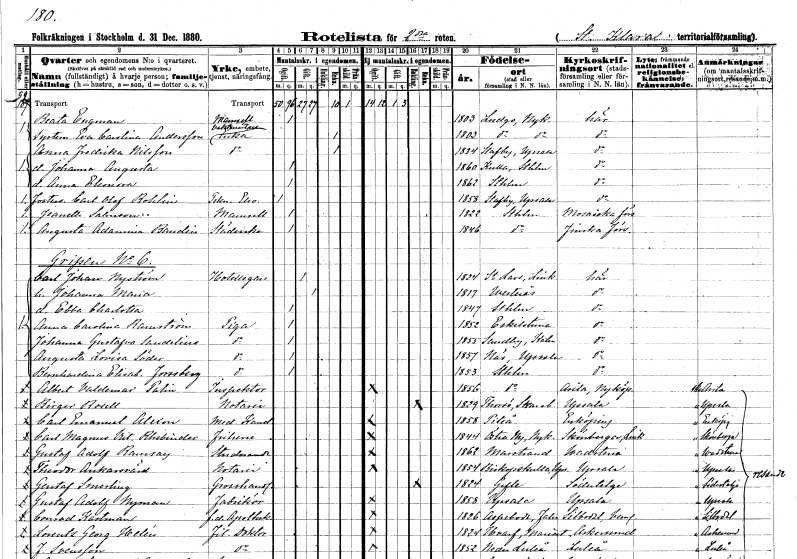
gt_parse: households: individuals: FN: Beata
EN: Engman
KON: K
CIV: O
FODAR: 1803
FODFORS: Ludgo Södermanlands län
FN: Eva Carolina
EN: Andersson
YRKE: Vaktmästareänka
KON: K
CIV: E
FODAR: 1803
FODFORS: Ludgo Södermanlands län
FN: Anna Fredrika
EN: Nilsson
YRKE: Änka
KON: K
CIV: E
FODAR: 1834
FODFORS: Stavby Uppsala län
FN: Johanna Augusta
KON: K
CIV: O
FODAR: 1860
FODFORS: Kulla Stockholms län
FN: Anna Eleonora
KON: K
CIV: O
FODAR: 1862
FODFORS: Stockholm
FN: Carl Olof
EN: Bohlin
YRKE: Teknologelev
KON: M
CIV: O
FODAR: 1858
FODFORS: Stavby Uppsala län
FN: Jeanette
EN: Salmson
KON: K
CIV: O
FODAR: 1822
FODFORS: Stockholm
FN: Augusta Adamina
EN: Bandin
YRKE: Städerska
KON: K
CIV: O
FODAR: 1846
FODFORS: Stockholm
FN: Carl Johan
EN: Nyström
YRKE: Hotellägare
KON: M
CIV: G
FODAR: 1824
FODFORS: Linköpings Sankt Lars Östergötlands län
FN: Johanna Maria
KON: K
CIV: G
FODAR: 1817
FODFORS: Västerås Västmanlands län
FN: Ebba Charlotta
KON: K
CIV: O
FODAR: 1847
FODFORS: Stockholm
FN: Anna Carolina
EN: Ramström
YRKE: Piga
KON: K
CIV: O
FODAR: 1852
FODFORS: Eskilstuna Södermanlands län
FN: Johanna Gustafva
EN: Sandelius
YRKE: Piga
KON: K
CIV: O
FODAR: 1855
FODFORS: Sandby Kalmar län
FN: Augusta Lovisa
EN: Söder
YRKE: Piga
KON: K
CIV: O
FODAR: 1857
FODFORS: Näs Uppsala län
FN: Bernhardina Elisabet
EN: Forssberg
YRKE: Piga
KON: K
CIV: O
FODAR: 1853
FODFORS: Stockholm
FN: Albert Valdemar
EN: Palin
YRKE: Inspektor
KON: M
CIV: O
FODAR: 1856
FODFORS: Stockholm
FN: Birger
EN: Rosell
YRKE: Notarie
KON: M
CIV: E
FODAR: 1829
FODFORS: Torsö Skaraborgs län
FN: Carl Emanuel
EN: Alexon
YRKE: Medicine kandidat
KON: M
CIV: O
FODAR: 1858
FODFORS: Piteå Norrbottens län
FN: Carl Magnus Victor
EN: Rhebinder
KON: M
CIV: O
FODAR: 1844
FODFORS: Östra Ny Östergötlands län
FN: Gustaf Adolf
EN: Ramsay
YRKE: Studerande
KON: M
CIV: O
FODAR: 1862
FODFORS: Marstrand Göteborgs- och Bohuslän
FN: Theodor
EN: Ankarsvärd
YRKE: Notarie
KON: M
CIV: O
FODAR: 1854
FODFORS: Biskopskulla Uppsala län
FN: Gustaf
EN: Smerling
YRKE: Grosshandlare
KON: M
CIV: E
FODAR: 1824
FODFORS: Gävle Gävleborgs län
FN: Gustaf Adolf
EN: Nyman
YRKE: Fabrikör
KON: M
CIV: O
FODAR: 1858
FODFORS: Uppsala Uppsala län